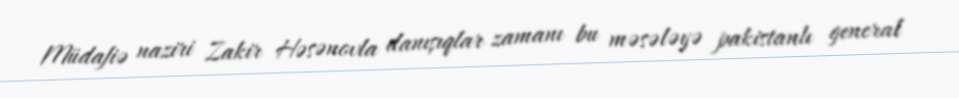
Müdafiə naziri Zakir Həsənovla danışıqlar zamanı bu məsələyə pakistanlı general